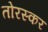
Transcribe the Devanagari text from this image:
तोरस्कर